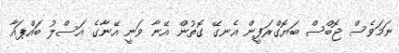
ނަމަވެސް ޖޮބްސް ބަޔޮގްރަފީން އެނގޭ ގޮތުން އޭނާ ވަނީ އޭނާގެ އަސްލު ބައްޕައާ